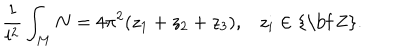
LaTeX: \frac { 1 } { l ^ { 2 } } \int _ { M } N = 4 \pi ^ { 2 } ( z _ { 1 } + z _ { 2 } + z _ { 3 } ) , z _ { i } \in \mathrm { { \bf ~ Z } } .